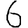
Digit: 6